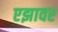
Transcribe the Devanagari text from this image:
एझावर